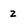
Character: 2